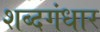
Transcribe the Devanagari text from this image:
शब्दगंधार